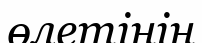
өлетінін